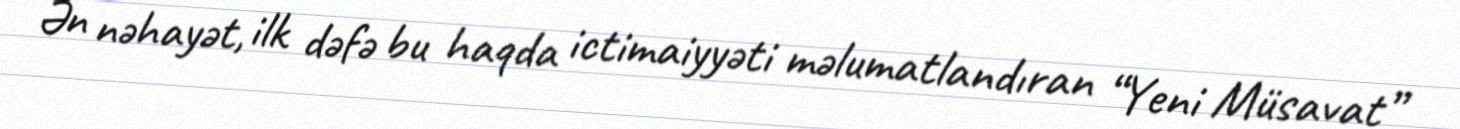
Ən nəhayət, ilk dəfə bu haqda ictimaiyyəti məlumatlandıran “Yeni Müsavat”